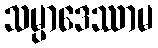
သမ္ပာဒေဿာမ